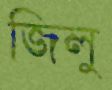
জিলু